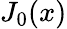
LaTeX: J_{0}(x)